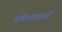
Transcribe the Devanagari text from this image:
रुधिरस्थानों